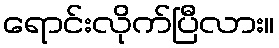
ရောင်းလိုက်ပြီလား။